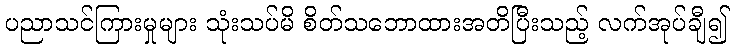
ပညာသင်ကြားမှုများ သုံးသပ်မိ စိတ်သဘောထားအတိပြီးသည့် လက်အုပ်ချီ၍